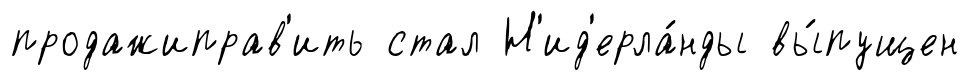
продажиправ'ить стал Н'ид'ерла́нды вы́пущен